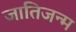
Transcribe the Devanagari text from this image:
जातिजन्म